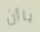
باأن